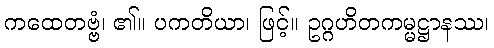
ကထေတဗ္ဗံ၊ ၏။ ပကတိယာ၊ ဖြင့်။ ဥဂ္ဂဟိတကမ္မဋ္ဌာနဿ၊